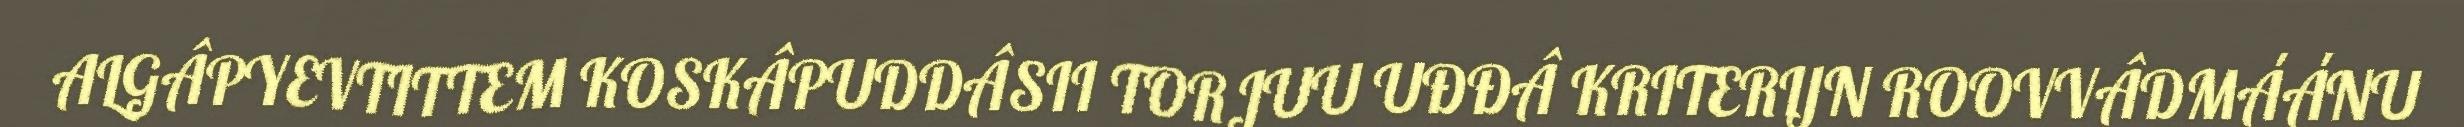
ALGÂPYEVTITTEM KOSKÂPUDDÂSII TORJUU UĐĐÂ KRITERIJN ROOVVÂDMÁÁNU